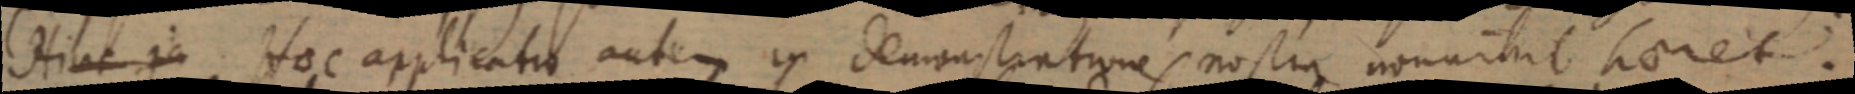
Hinc ja Hoc applicatio autem in demonstratione nostra non nihil haeret.